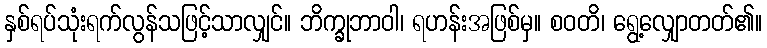
နှစ်ရပ်သုံးရက်လွန်သဖြင့်သာလျှင်။ ဘိက္ခုဘာဝါ၊ ရဟန်းအဖြစ်မှ။ စဝတိ၊ ရွေ့လျှောတတ်၏။